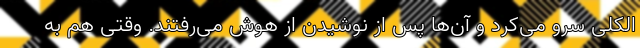
الکلی سرو می‌کرد و آن‌ها پس از نوشیدن از هوش می‌رفتند. وقتی هم به